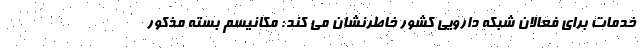
خدمات برای فعالان شبکه دارویی کشور خاطرنشان می کند: مکانیسم بسته مذکور